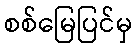
စစ်မြေပြင်မှ